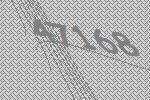
47168